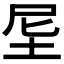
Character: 𡊴